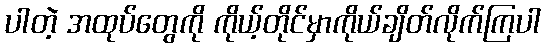
ပါတဲ့ အထုပ်တွေကို ကိုယ့်တိုင်မှာကိုယ်ချိတ်လိုက်ကြပါ